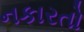
નકારતો